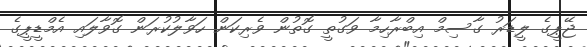
ޖޭޕީގެ ލީޑަރު ގާސިމް އިބްރާހިމާ ވަގުތީ ގޮތުން ވެރިކަން ހަވާލުކުރަން ގޮވާލައި އެމްޑީޕީގެ